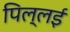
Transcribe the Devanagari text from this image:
पिल्‍लई